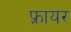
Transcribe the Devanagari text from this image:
फ़्रायर